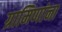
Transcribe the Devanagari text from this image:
ग्रामिणांना